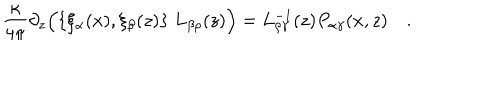
LaTeX: { \frac { \kappa } { 4 \pi } } \partial _ { z } \Bigl ( \{ \xi _ { \alpha } ( x ) , \xi _ { \beta } ( z ) \} \; L _ { \beta \rho } ( z ) \Bigr ) = L _ { \rho \gamma } ^ { - 1 } ( z ) P _ { \alpha \gamma } ( x , z ) \quad .